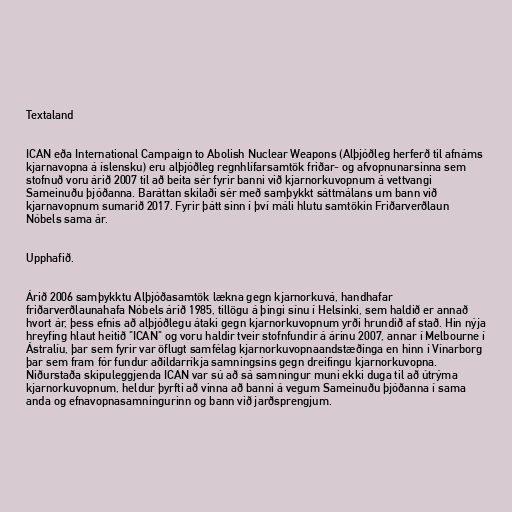
Textaland

ICAN eða International Campaign to Abolish Nuclear Weapons (Alþjóðleg her­ferð til af­náms
kjarna­vopna á íslensku) eru alþjóðleg regnhlífarsamtök friðar- og afvopnunarsinna sem
stofnuð voru árið 2007 til að beita sér fyrir banni við kjarnorkuvopnum á vettvangi
Sameinuðu þjóðanna. Baráttan skilaði sér með samþykkt sáttmálans um bann við
kjarnavopnum sumarið 2017. Fyrir þátt sinn í því máli hlutu samtökin Friðarverðlaun
Nóbels sama ár.

Upphafið.

Árið 2006 samþykktu Alþjóðasamtök lækna gegn kjarnorkuvá, handhafar
friðarverðlaunahafa Nóbels árið 1985, tillögu á þingi sínu í Helsinki, sem haldið er annað
hvort ár, þess efnis að alþjóðlegu átaki gegn kjarnorkuvopnum yrði hrundið af stað. Hin nýja
hreyfing hlaut heitið "ICAN" og voru haldir tveir stofnfundir á árinu 2007, annar í Melbourne í
Ástralíu, þar sem fyrir var öflugt samfélag kjarnorkuvopnaandstæðinga en hinn í Vínarborg
þar sem fram fór fundur aðildarríkja samningsins gegn dreifingu kjarnorkuvopna.
Niðurstaða skipuleggjenda ICAN var sú að sá samningur muni ekki duga til að útrýma
kjarnorkuvopnum, heldur þyrfti að vinna að banni á vegum Sameinuðu þjóðanna í sama
anda og efnavopnasamningurinn og bann við jarðsprengjum.